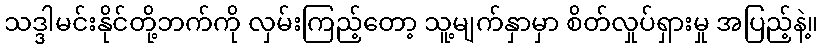
သဒ္ဒါမင်းနိုင်တို့ဘက်ကို လှမ်းကြည့်တော့ သူ့မျက်နှာမှာ စိတ်လှုပ်ရှားမှု အပြည့်နဲ့။